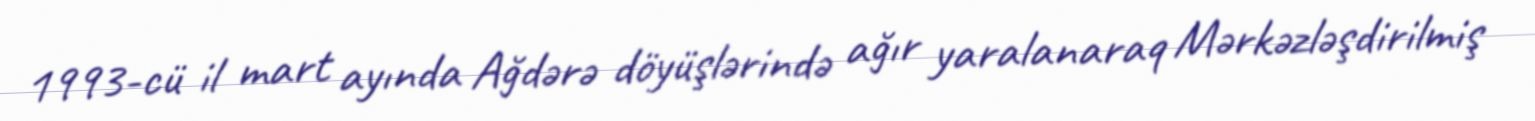
1993-cü il mart ayında Ağdərə döyüşlərində ağır yaralanaraq Mərkəzləşdirilmiş